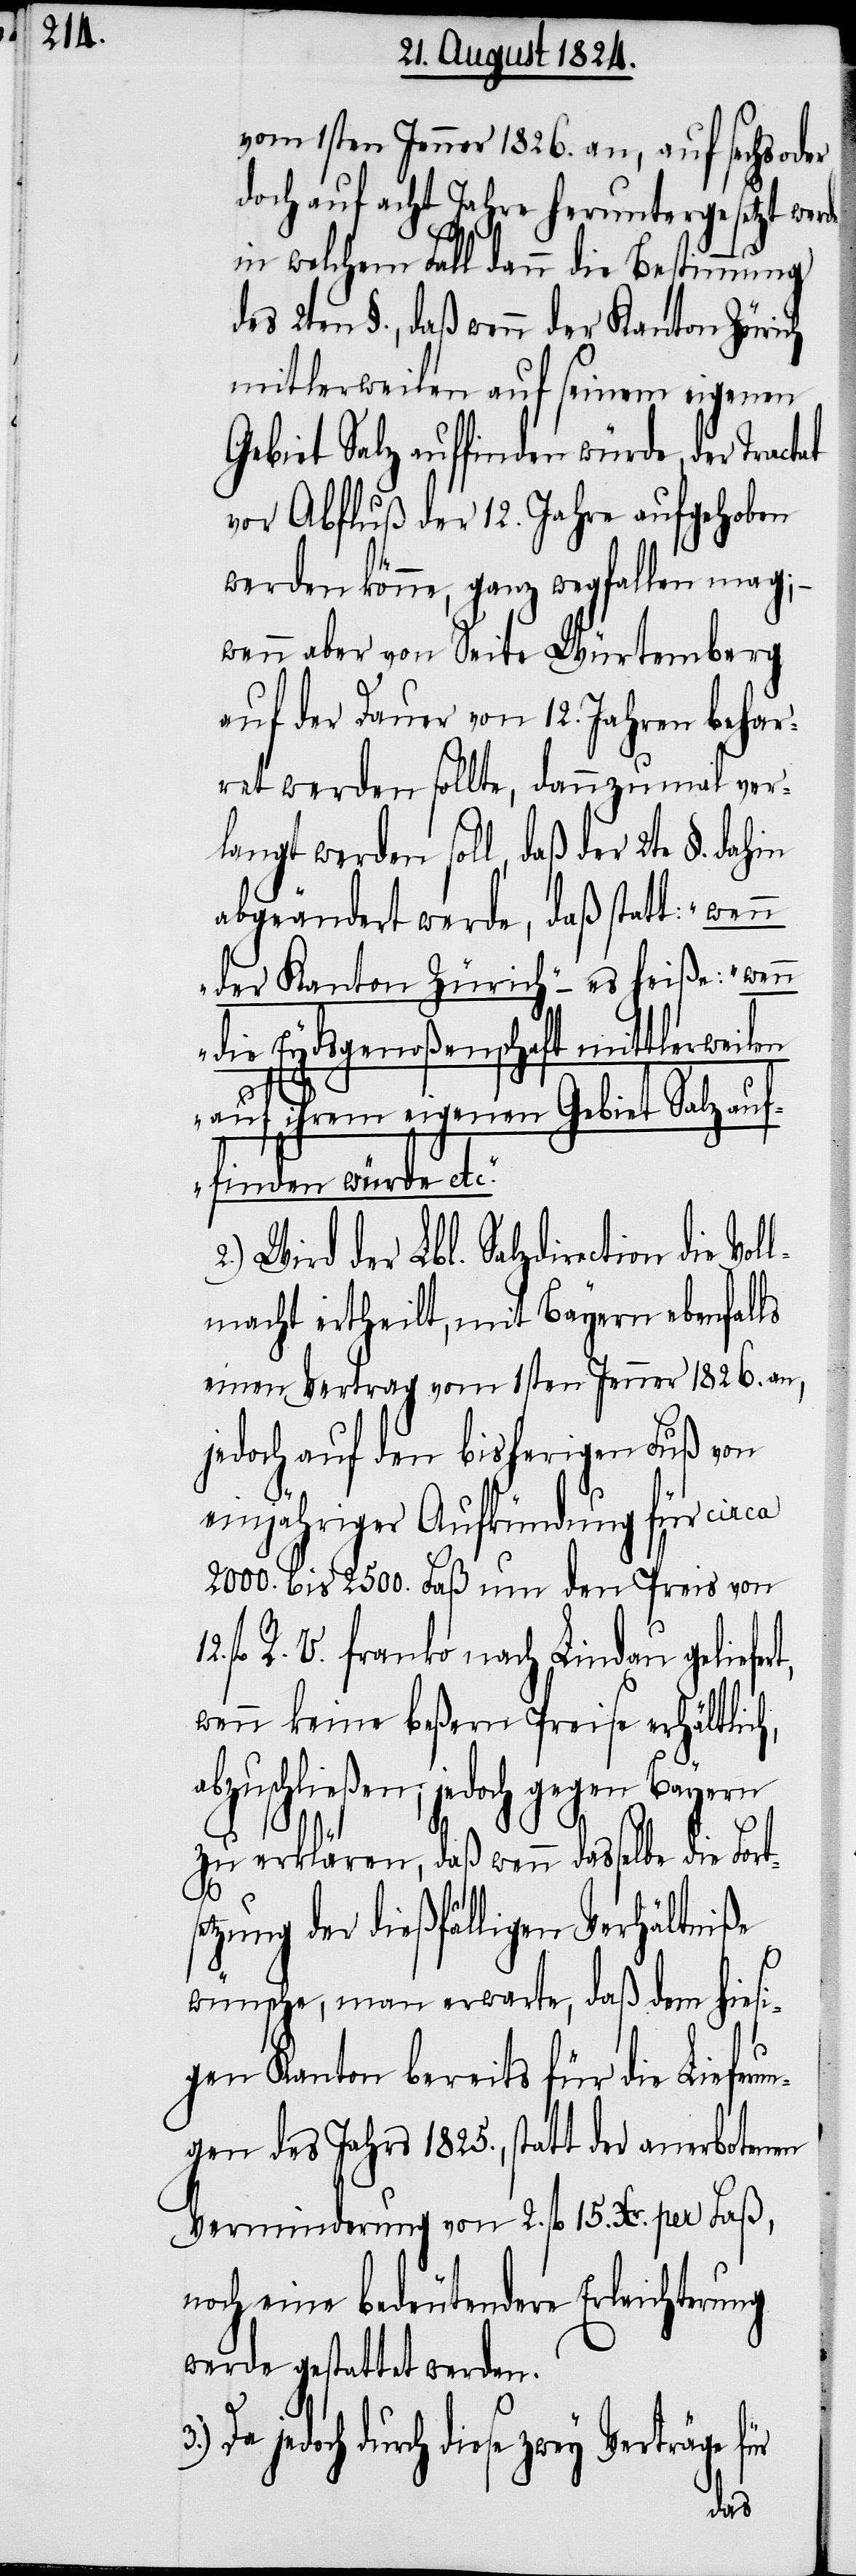
vom 1sten Jenner 1826. an, auf sechs oder
doch auf acht Jahre heruntergesetzt wer¬
in welchem Fall dann die Bestimmung
des 2ten §., daß wenn der Kanton Zürich
mittlerweilen auf seinem eigenen
Gebiet Salz auffinden würde, der Tractat
vor Abfluß der 12. Jahre aufgehoben
werden könnte, ganz wegfallen mag; –
wenn aber von Seite Würtemberg
auf der Dauer von 12. Jahren behar¬
ret werden sollte, dannzumal ver¬
langt werden soll, daß der 2te §.
abgeändert werde, daß statt: „wenn
der Kanton Zürich“ – es heiße: „wenn
die Eydsgenoßenschaft mittlerweilen
ür
3.)
auf ihrem eigenen Gebiet Salz auf¬
finden würde etc.“
2.) Wird der Lbl. Salzdirection die
lmacht ertheilt, mit Bayern ebenfalls
einen Vertrag vom 1sten Jenner 1826. an,
jedoch auf den bisherigen Fuß von
einjähriger Aufkündung für circa
2000. bis 2500. Faß um den Preis von
fl R. V. franko nach Lindau geliefer¬
wenn keine beßern Preise erhältlic¬
bzuschließen; jedoch gegen Bayern
zu erklären, daß wenn dasselbe die Fort¬
etzung der dießfälligen Verhältniße
wünsche, man erwarte, daß dem hiesi¬
gen Kanton bereits für die Lieferu¬
ngen des Jahrs 1825., statt der anerbotenen
Verminderung von 2. fl 15. Xr. per Faß,
noch eine bedeutende Erleichterung
werde gestattet werden.
Da jedoch durch diese zwey Verträge f¬